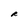
Character: R